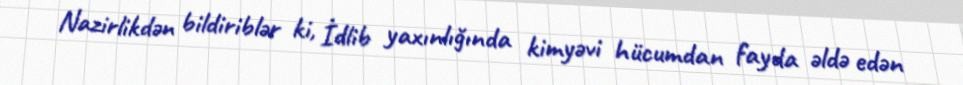
Nazirlikdən bildiriblər ki, İdlib yaxınlığında kimyəvi hücumdan fayda əldə edən